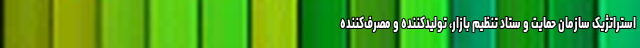
استراتژیک سازمان حمایت و ستاد تنظیم بازار، تولیدکننده و مصرف‌کننده